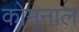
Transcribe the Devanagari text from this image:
कोमूनाल